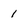
Character: 1